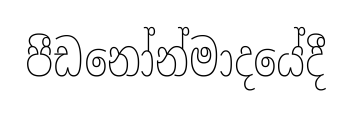
පීඩනෝන්මාදයේදී